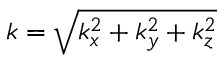
k = \sqrt { k _ { x } ^ { 2 } + k _ { y } ^ { 2 } + k _ { z } ^ { 2 } }